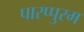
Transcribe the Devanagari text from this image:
पारप्पुरम